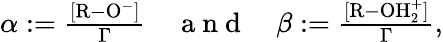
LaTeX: \begin{array}{r}{\alpha:=\frac{[\mathrm{R-O^{-}}]}{\Gamma}\quad\mathrm{~a~n~d~}\quad\beta:=\frac{[\mathrm{R-OH_{2}^{+}}]}{\Gamma},}\end{array}